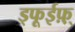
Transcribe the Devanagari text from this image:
ड्फूईफ़़्